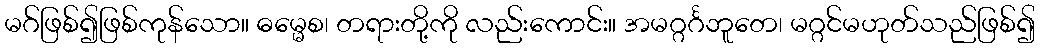
မဂ်ဖြစ်၍ဖြစ်ကုန်သော။ ဓမ္မေစ၊ တရားတို့ကို လည်းကောင်း။ အမဂ္ဂင်္ဂဘူတေ၊ မဂ္ဂင်မဟုတ်သည်ဖြစ်၍